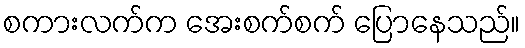
စကားလက်က အေးစက်စက် ပြောနေသည်။